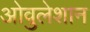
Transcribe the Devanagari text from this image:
ओवुलेशान